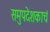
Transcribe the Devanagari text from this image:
समुपदेशकाचं